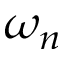
\omega _ { n }